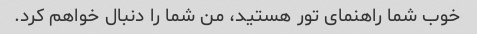
خوب شما راهنمای تور هستید، من شما را دنبال خواهم کرد.